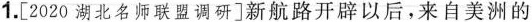
1.[2020湖北名师联盟调研]新航路开辟以后，来自美洲的